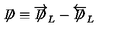
\not \! \! D \equiv \overrightarrow { \not \! \! D } _ { L } - \overleftarrow { \not \! \! D } _ { L }